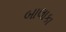
બાલાકા